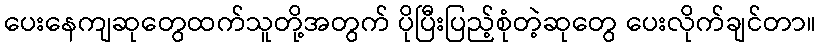
ပေးနေကျဆုတွေထက်သူတို့အတွက် ပိုပြီးပြည့်စုံတဲ့ဆုတွေ ပေးလိုက်ချင်တာ။